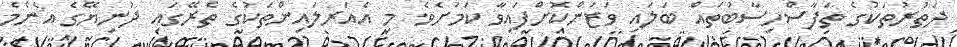
ދަތުރުތަކުގެ ތަފާސްހިސާބުތައް ބަލައި ވަޒަންކޮށްފައިވާ ކަމަށެވެ. މި އެއަރލައިންތަކުގެ ތެރޭގައި ދުނިޔޭގެ އެންމެ